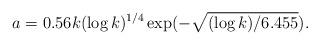
LaTeX: \begin{align*}a = 0.56 k(\log k)^{1/4} \exp(-\sqrt{(\log k)/6.455}).\end{align*}